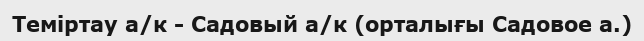
Теміртау а/к - Садовый а/к (орталығы Садовое а.)